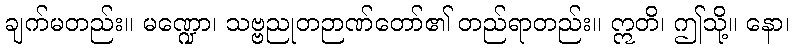
ချက်မတည်း။ မဏ္ဍော၊ သဗ္ဗညုတဉာဏ်တော်၏ တည်ရာတည်း။ ဣတိ၊ ဤသို့။ နော၊